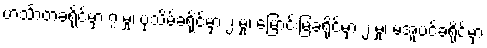
ဟင်္သာတခရိုင်မှာ ၇ မှု၊ ပုသိမ်ခရိုင်မှာ ၂ မှု၊ မြောင်းမြခရိုင်မှာ ၂ မှု၊ မအူပင်ခရိုင်မှာ